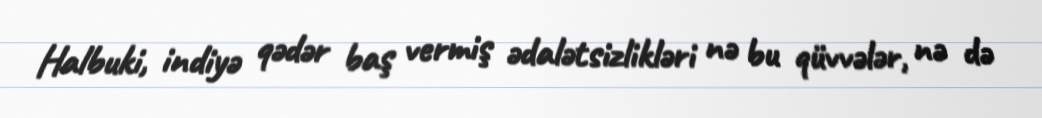
Halbuki, indiyə qədər baş vermiş ədalətsizlikləri nə bu qüvvələr, nə də